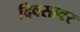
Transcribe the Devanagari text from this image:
दिवसावर